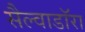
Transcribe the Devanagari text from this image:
सैल्वाडॉरा